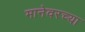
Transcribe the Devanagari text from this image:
मानेवरच्या